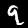
Label: 9